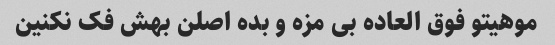
موهیتو فوق العاده بی مزه و بده اصلن بهش فک نکنین